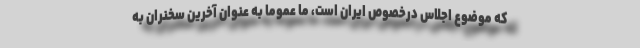
که موضوع اجلاس درخصوص ایران است، ما عموما به عنوان آخرین سخنران به